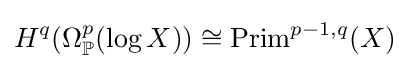
H^{q}(\Omega _{\mathbb {P} }^{p}(\log X))\cong {\text{Prim}}^{p-1,q}(X)